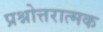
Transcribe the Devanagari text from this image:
प्रश्नोत्तरात्मक